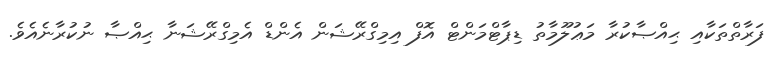
ފަރާތްތަކާއި ޙިއްޞާކުރާ މަޢުލޫމާތު ޑިޕާޓްމަންޓް އޮފް އިމިގްރޭޝަން އެންޑް އެމިގްރޭޝަނާ ޙިއްޞާ ނުކުރާނެއެވެ.